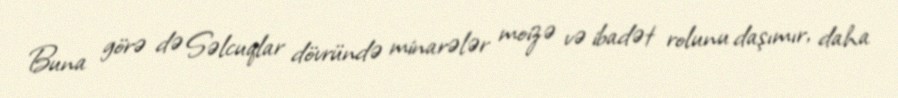
Buna görə də Səlcuqlar dövründə minarələr moizə və ibadət rolunu daşımır, daha